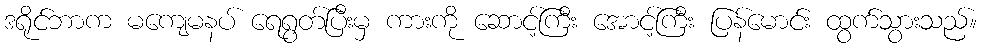
ဒရိုင်ဘာက မကျေမနပ် ရေရွတ်ပြီးမှ ကားကို ဆောင့်ကြီး အောင့်ကြီး ပြန်မောင်း ထွက်သွားသည်။